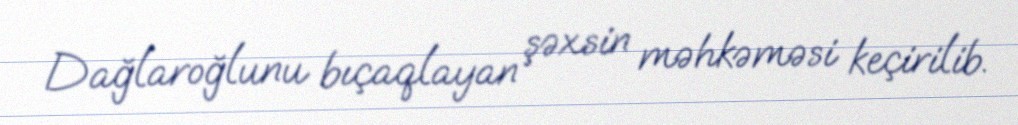
Dağlaroğlunu bıçaqlayan şəxsin məhkəməsi keçirilib.